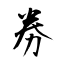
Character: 劵